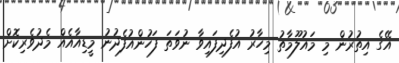
އޭގެ އިތުރުން މި މައުލޫމާތު މިހާރު އުފެދިފައިވާ ނުވަތަ ފަހުންއުފެދުނު މީޑިއާއެއް މެދުވެރިކޮށް